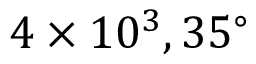
4 \times 1 0 ^ { 3 } , 3 5 ^ { \circ }